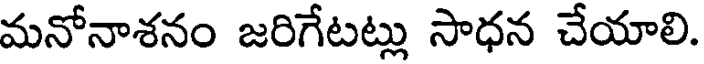
మనోనాశనం జరిగేటట్లు సాధన చేయాలి.